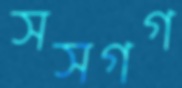
সসগগ